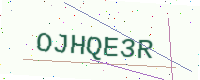
Text: OJHQE3R